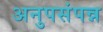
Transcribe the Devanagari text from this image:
अनुपसंपन्न